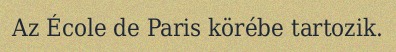
Az École de Paris körébe tartozik.